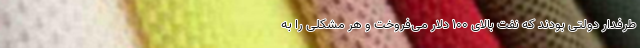
طرفدار دولتی بودند که نفت بالای 100 دلار می‌فروخت و هر مشکلی را به